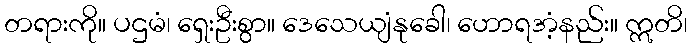
တရားကို။ ပဌမံ၊ ရှေးဦးစွာ။ ဒေသေယျံနုခေါ၊ ဟောရအံ့နည်း။ ဣတိ၊